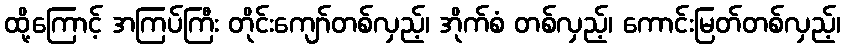
ထို့ကြောင့် အကြပ်ကြီး တိုင်းကျော်တစ်လှည့်၊ အိုက်စံ တစ်လှည့်၊ ကောင်းမြတ်တစ်လှည့်၊